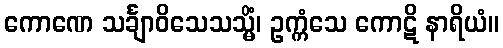
ကောဏေ သင်္ချာဝိသေသသ္မိံ၊ ဥက္ကံသေ ကောဋိ နာရိယံ။